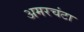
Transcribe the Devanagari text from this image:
अमरचंटा